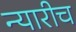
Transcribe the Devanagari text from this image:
न्यारीच